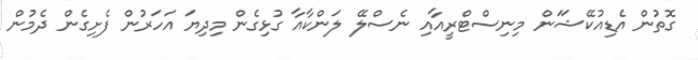
ގޮތުން އެޑިއުކޭޝަަން މިނިސްޓްރީއާއި ނެސްލޭ ލަންކާއާ ގުޅިގެން މިދިޔަ އަހަރުން ފެށިގެން ދެމުން